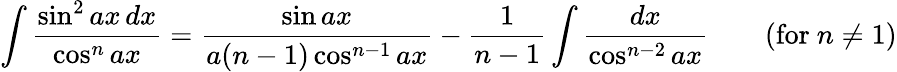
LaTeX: \int{\frac{\sin^{2}ax\, dx}{\cos^{n}ax}}={\frac{\sin ax}{a(n-1)\cos^{n-1}ax}}-{\frac{1}{n-1}}\int{\frac{dx}{\cos^{n-2}ax}}\qquad{\mathrm{(for~}}n\neq 1{\mathrm{)}}